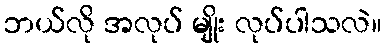
ဘယ်လို အလုပ် မျိုး လုပ်ပါသလဲ။